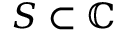
S \subset \mathbb { C }